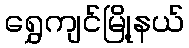
ရွှေကျင်မြို့နယ်